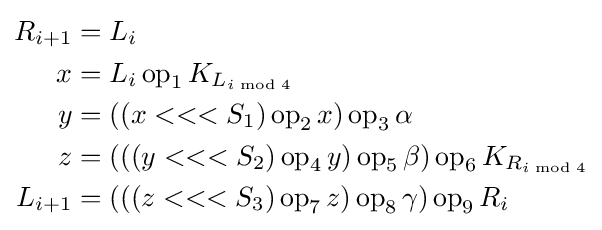
{\begin{aligned}R_{i+1}&=L_{i}\\x&=L_{i}\operatorname {op} _{1}K_{L_{i{\bmod {4}}}}\\y&=((x<<<S_{1})\operatorname {op} _{2}x)\operatorname {op} _{3}\alpha \\z&=(((y<<<S_{2})\operatorname {op} _{4}y)\operatorname {op} _{5}\beta )\operatorname {op} _{6}K_{R_{i{\bmod {4}}}}\\L_{i+1}&=(((z<<<S_{3})\operatorname {op} _{7}z)\operatorname {op} _{8}\gamma )\operatorname {op} _{9}R_{i}\end{aligned}}